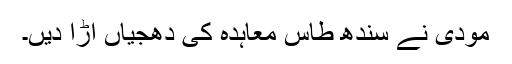
مودی نے سندھ طاس معاہدہ کی دھجیاں اڑا دیں۔